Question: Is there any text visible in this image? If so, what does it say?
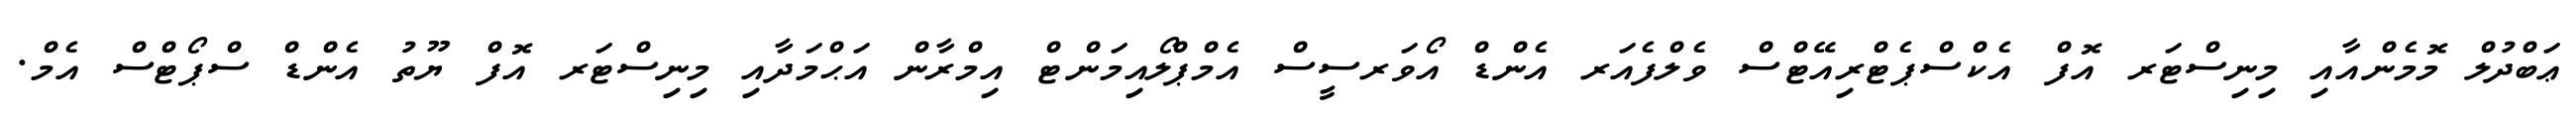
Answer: ޢަބްދުލް މޮމެންއާއި މިނިސްޓަރ އޮފް އެކްސްޕެޓްރިއޭޓްސް ވެލްފެއަރ އެންޑް އޯވަރސީސް އެމްޕްލޯއިމަންޓް އިމްރާން އަޙްމަދާއި މިނިސްޓަރ އޮފް ޔޫތު އެންޑް ސްޕޯޓްސް އެމް.